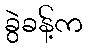
ခွဲခန့်က